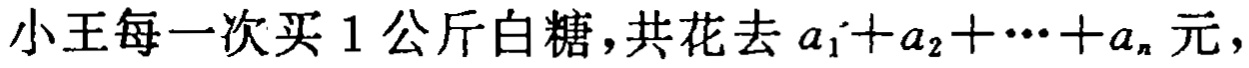
小王每一次买 1 公斤白糖，共花去 \(a_{1}+a_{2}+\cdots +a_{n}\) 元，